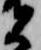
者